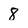
Character: 8